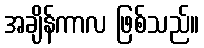
အချိန်ကာလ ဖြစ်သည်။